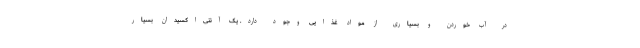
در آب خوردن و بسیاری از مواد غذایی وجود دارد. یک آنتی‌اکسیدان بسیار